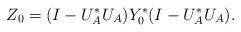
LaTeX: \begin{align*}Z_0=(I-U_A^*U_A)Y_0^*(I-U_A^*U_A).\end{align*}